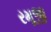
રમૂજી